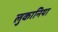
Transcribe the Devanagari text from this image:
लुकानिया